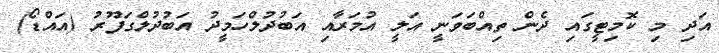
އަދި މި ކޮމިޓީގައި ދެން ތިއްބަވަނީ އަލީ އުމަރާއި އަބުދުލްހަމީދު އަބުދުލްގަފޫރު (އައްޑޯ)